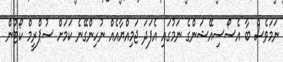
ނަމަވެސް ބާ އެސޯސިއޭޝަންގެ ނަމުގައި އެފަދަ ޖަމިއްޔާއެއް ނުހިންގޭނެ ކަމަށް ސުޕްރީމް ކޯޓުން